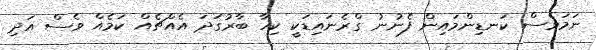
ނަމަވެސް ކަނޑިންމައިން ފެނުނު ގްރެނައިޑަކީ ކިހާ ބާރުގަދަ އެއްޗެއް ކަމެއް ވެސް އަދި